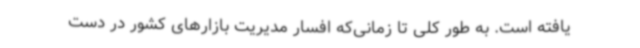
یافته است. به طور کلی تا زمانی‌که افسار مدیریت بازارهای کشور در دست